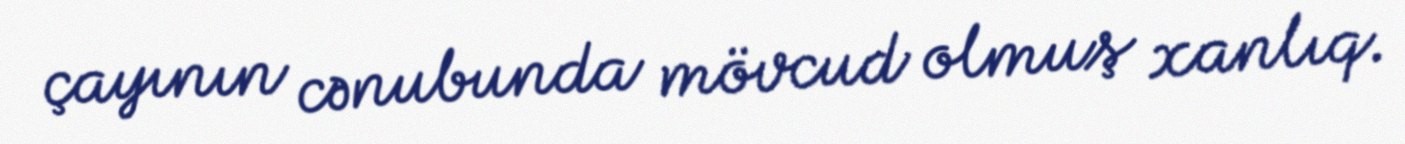
çayının cənubunda mövcud olmuş xanlıq.